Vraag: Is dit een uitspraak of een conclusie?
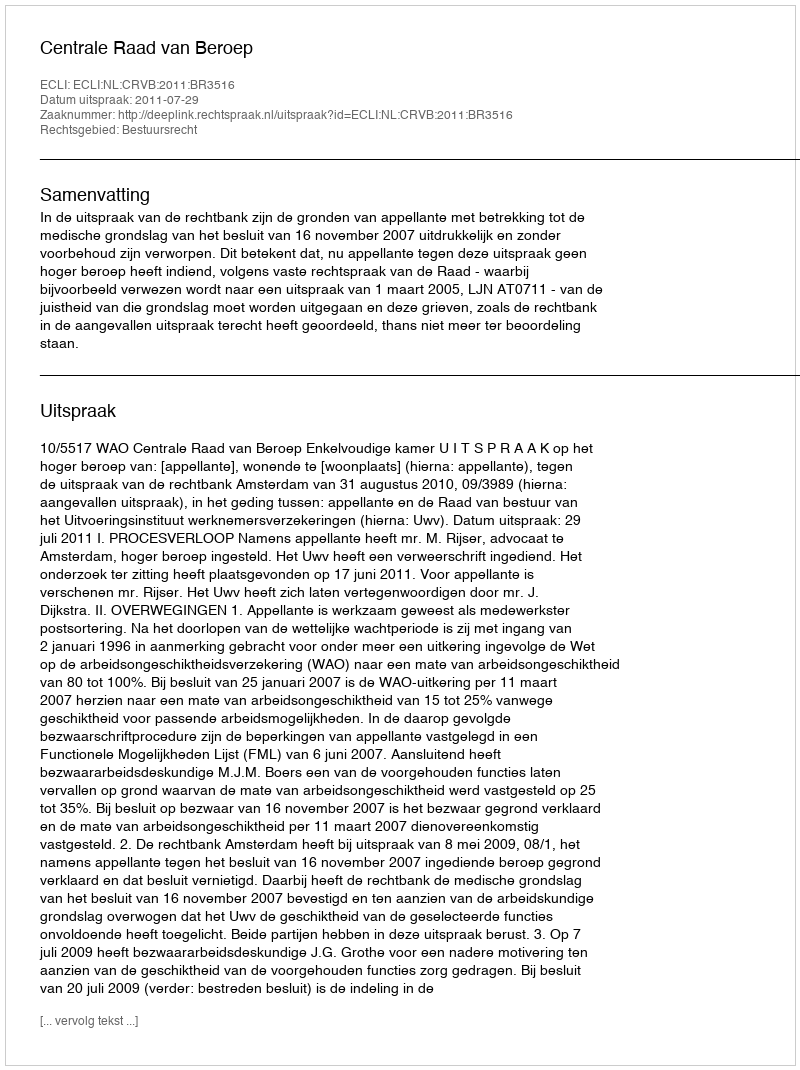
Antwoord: Uitspraak